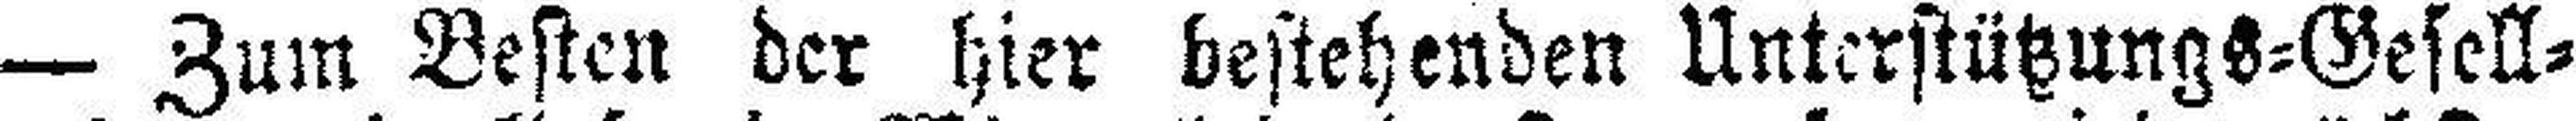
— Zum Besten der hier bestehenden Unterstützungs=Gesell¬